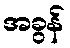
အခွန်